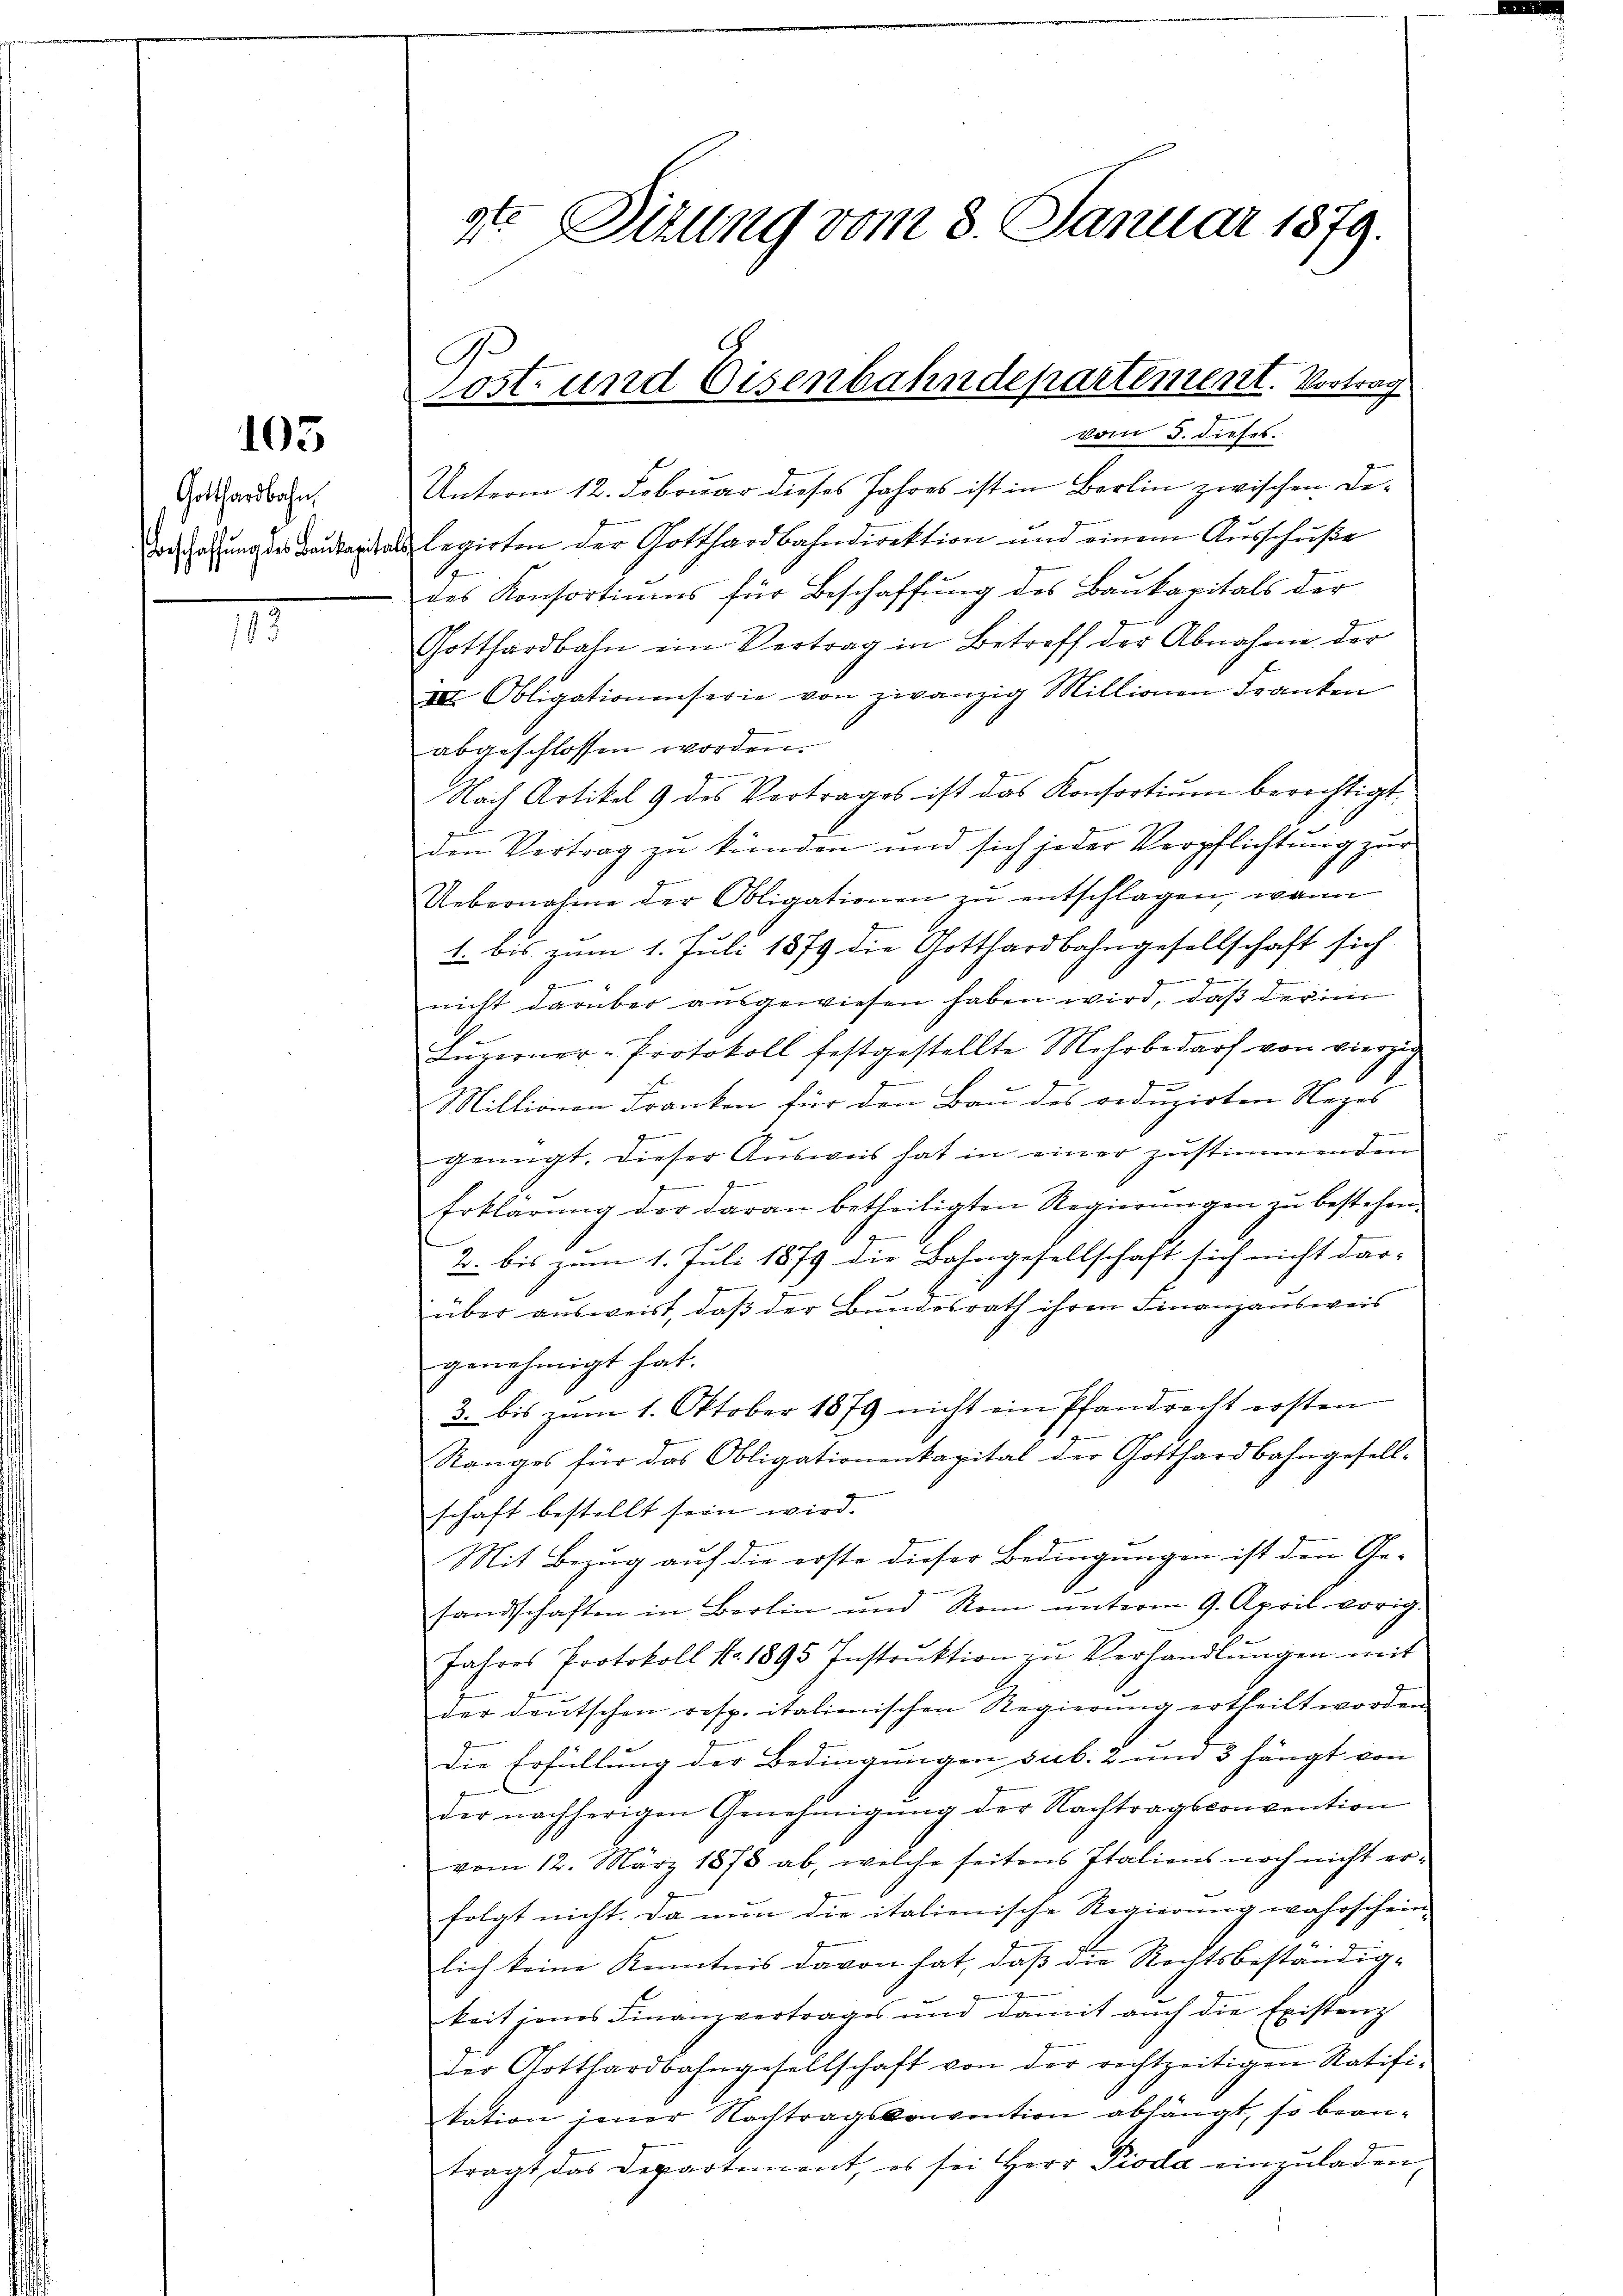
105

Gotthardbahn
Vorschaffung des Baukapita

t
v. Ditung vom 8. Januar 1879.

Unterm 12. Februar dieses Jahres ist in Berlin zwischen De¬
 legirten der Gotthardbahndirektion und einem Ausschuße
.
des Konsortiums für Beschaffung des Baukapitals der
Gotthardbahn ein Vertrag in Betreff der Abnahme der
III. Obligationenserie von zwanzig Millionen Franken
abgeschlossen worden.
Nach Artikel 9 des Vertrages ist das Konsortium berechtigt
den Vertrag zŭ künden und sich jeder Verpflichtung zur
Uebernahme der Obligationen zŭ entschlagen, wann
1. bis zum 1. Juli 1879 die Gotthardbahngesellschaft sich
zu

nicht darüber aŭsgewiesen haben wird, daß der in
Lŭzerner-Protokoll festgestellte Mehrbedarf von vierzig
u
1
Millionen Franken für den Bau des reduzirten Nages
genügt. Dieser Ausweis hat in einer zustimmenden
g
Erklärŭng der daran betheiligten Regierŭngen zŭ bestehen.
2. bis zum 1. Juli 1879 die Bahngesellschaft sich nicht dar-
über ausweist, daβ der Bundesrath ihren Finanzausweis
genehmigt hat.
3. bis zum 1. Oktober 1879 nicht ein Pfandrecht ersten
Ranges für das Obligationenkapital der Gotthardbahngesell-
schaft bestellt sein wird.
Mit Bezug auf die erste dieser Bedingungen ist den Ge-
fandschaften in Berlin und Rom unterm 9. April vorig.
Jahres Protokoll No 1895 Instruktion zu Verhandlungen mit
der deutschen resp. italienischen Regierŭng ertheilt worden.
Die Erfüllung der Bedingungen sub. 2 um 3 hängt von
der nachherigen Genehmigŭng der Nachtragsconvention
vom 12. März 1878 ab, welche seitens Italiens noch nicht erfolgt nicht. Da nun die italienische Regierung wahrschein,
lich keine Kenntnis davon hat, daß die Rechtsbeständig-
keit jenes Finanzvertrages und damit auch die Existanz
der Gotthardbahngesellschaft von der rechtzeitigen Ratifi-
kation jener Nachtragskonvention abhängt, so bean-
tragt das Departement, es sei Herr Pioda einzŭladen

Post- und Eisenbahndepartement. Vortrag
vom 5. dieses